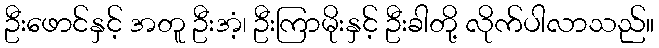
ဦးဖောင်နှင့် အတူ ဦးအံ့၊ ဦးကြာမိုးနှင့် ဦးခါတို့ လိုက်ပါလာသည်။